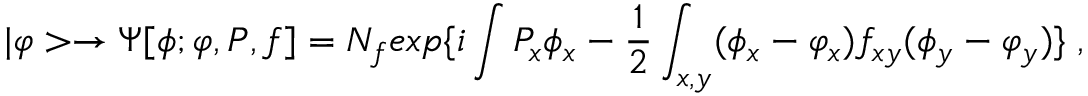
| \varphi > \to \Psi [ \phi ; \varphi , { \cal P } , f ] = N _ { f } e x p \{ i \int { \cal P } _ { x } \phi _ { x } - { \frac { 1 } { 2 } } \int _ { x , y } ( \phi _ { x } - \varphi _ { x } ) f _ { x y } ( \phi _ { y } - \varphi _ { y } ) \} \; ,